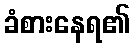
ခံစားနေရ၏